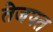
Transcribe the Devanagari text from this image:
तेजपत